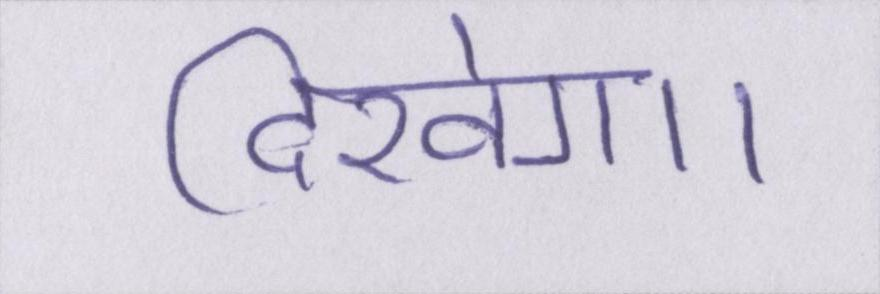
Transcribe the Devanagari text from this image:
दिखेगा।